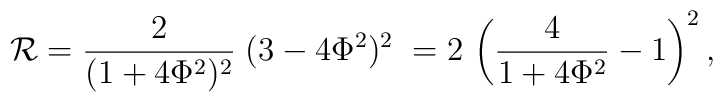
{\cal R}={\frac 2{(1+4\Phi ^2)^2}\;}(3-4\Phi ^2)^2\;=2\,\left( {\frac4{1+4\Phi ^2}-1}\right) ^2,